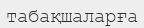
табақшаларға